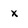
Character: x